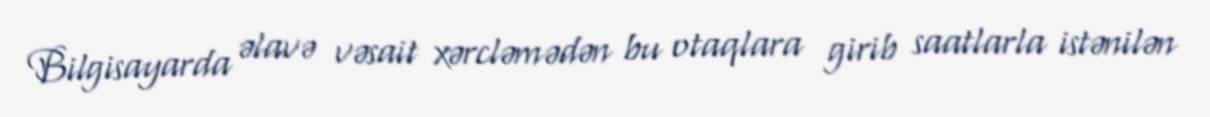
Bilgisayarda əlavə vəsait xərcləmədən bu otaqlara girib saatlarla istənilən